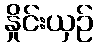
နှိုင်းယှဉ်